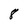
Character: 8